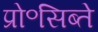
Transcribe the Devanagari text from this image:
प्रो॰सिब्ते